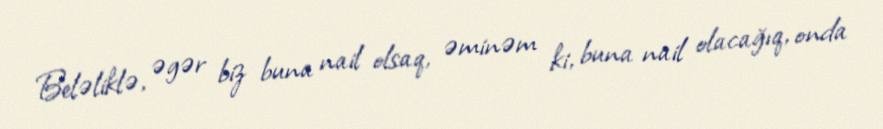
Beləliklə, əgər biz buna nail olsaq, əminəm ki, buna nail olacağıq, onda